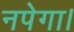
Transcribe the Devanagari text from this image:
नपेगा।